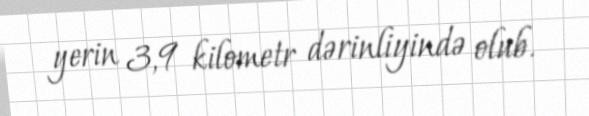
yerin 3,9 kilometr dərinliyində olub.